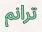
ترانم